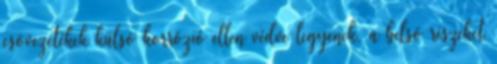
csõvezetékek külsõ korrózió ellen védve legyenek, a belsõ részeket